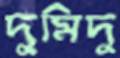
দুমিদু